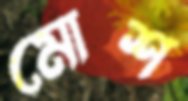
মোশ